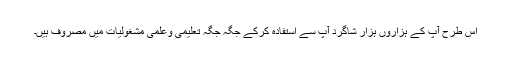
اس طرح آپ کے ہزاروں ہزار شاگرد آپ سے استفادہ کرکے جگہ جگہ تعلیمی وعلمی مشغولیات میں مصروف ہیں۔